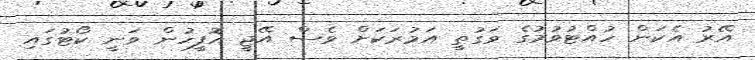
އޭރު އެކަން ހުއްޓުވުމުގެ ވަގުތީ އަމުރަކަށް ވެސް އޭޖީ އޮފީހުން ވަނީ ކޯޓުގައި